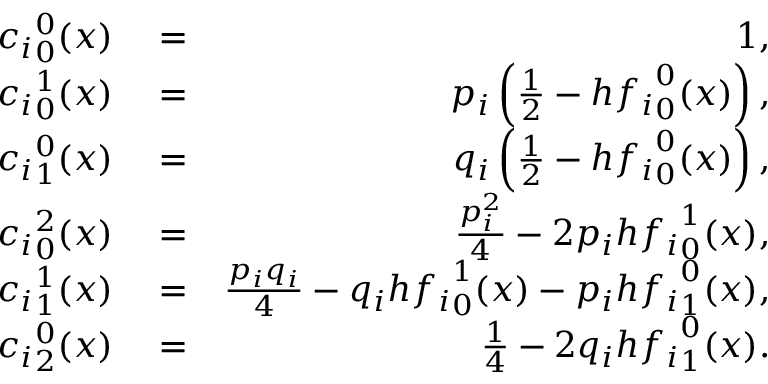
\begin{array} { r l r } { { c _ { i } } _ { 0 } ^ { 0 } ( x ) } & { { } = } & { 1 , } \\ { { c _ { i } } _ { 0 } ^ { 1 } ( x ) } & { { } = } & { p _ { i } \left( \frac { 1 } { 2 } - h { f _ { i } } _ { 0 } ^ { 0 } ( x ) \right) , } \\ { { c _ { i } } _ { 1 } ^ { 0 } ( x ) } & { { } = } & { q _ { i } \left( \frac { 1 } { 2 } - h { f _ { i } } _ { 0 } ^ { 0 } ( x ) \right) , } \\ { { c _ { i } } _ { 0 } ^ { 2 } ( x ) } & { { } = } & { \frac { p _ { i } ^ { 2 } } { 4 } - 2 p _ { i } h { f _ { i } } _ { 0 } ^ { 1 } ( x ) , } \\ { { c _ { i } } _ { 1 } ^ { 1 } ( x ) } & { { } = } & { \frac { p _ { i } q _ { i } } { 4 } - q _ { i } h { f _ { i } } _ { 0 } ^ { 1 } ( x ) - p _ { i } h { f _ { i } } _ { 1 } ^ { 0 } ( x ) , } \\ { { c _ { i } } _ { 2 } ^ { 0 } ( x ) } & { { } = } & { \frac { 1 } { 4 } - 2 q _ { i } h { f _ { i } } _ { 1 } ^ { 0 } ( x ) . } \end{array}